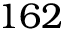
1 6 2